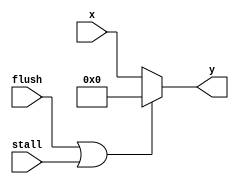
module S6MUX(flush, stall, x, y);
input flush, stall;
input[5:0] x;
output[5:0] y;

assign y = ((flush||stall)==1)? 0 : x;

endmodule